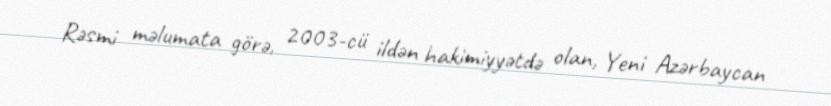
Rəsmi məlumata görə, 2003-cü ildən hakimiyyətdə olan, Yeni Azərbaycan